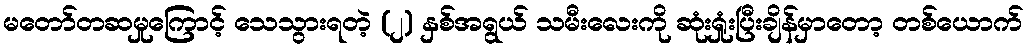
မတော်တဆမှုကြောင့် သေသွားရတဲ့ (၂) နှစ်အရွယ် သမီးလေးကို ဆုံးရှုံးပြီးချိန်မှာတော့ တစ်ယောက်